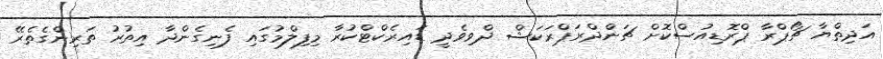
އަދިތްޔާ ޗޯޕްރާ ޕްރޮޑިއުސްކޮށް ޗަންދްރަޕްރަކަޝް ދްވިވެދީ ޑައިރެކްޓްކުރާ މިފިލްމުގައި ފެނިގެންދާ އިތުރު ތަރިންގެތެރޭ